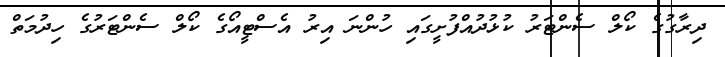
ދިރާގުގެ ކޯލް ސެންޓަރު ކުޅުދުއްފުށީގައި ހުންނަ އިރު އެސްޓީއޯގެ ކޯލް ސެންޓަރުގެ ހިދުމަތް